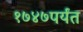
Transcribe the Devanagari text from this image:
१७४७पर्यंत